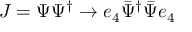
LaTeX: J = \Psi \Psi ^ { \dagger } \rightarrow e _ { 4 } \bar { \Psi } ^ { \dagger } \bar { \Psi } e _ { 4 }